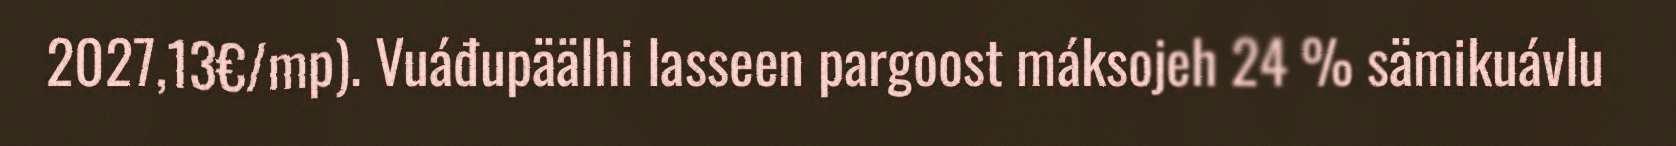
2027,13€/mp). Vuáđupäälhi lasseen pargoost máksojeh 24 % sämikuávlu